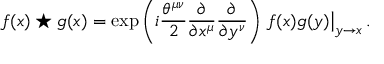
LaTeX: f ( x ) \star g ( x ) = \exp \left( i \frac { \theta ^ { \mu \nu } } { 2 } \frac { \partial } { \partial x ^ { \mu } } \frac { \partial } { \partial y ^ { \nu } } \right) \left. f ( x ) g ( y ) \right| _ { y \to x } .